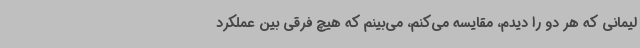
لیمانی که هر دو را دیدم، مقایسه می‌کنم، می‌بینم که هیچ فرقی بین عملکرد